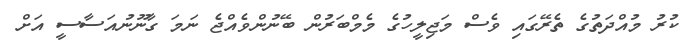
ކުރު މުއްދަތުގެ ތެރޭގައި ވެސް މަޖިލީހުގެ މެމްބަރުން ބޭނުންވެއްޖެ ނަމަ ގާނޫނުއަސާސީ އަށް